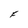
Character: F